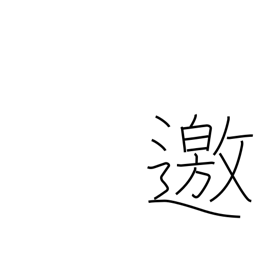
Meaning: go to meet